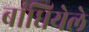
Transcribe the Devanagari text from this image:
बांधियेले